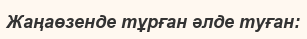
Жаңаөзенде тұрған әлде туған: